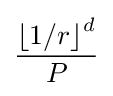
{\textstyle {\left\lfloor {1/r}\right\rfloor }^{d} \over P}